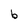
Character: b